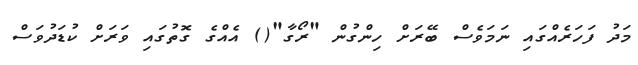
މަދު ފަހަރެއްގައި ނަމަވެސް ބޭރަށް ހިންގުން "ރޯގާ"() އެއްގެ ގޮތުގައި ވަރަށް ކުޑަދުވަސް